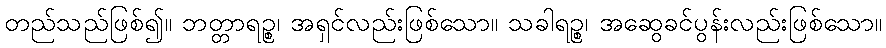
တည်သည်ဖြစ်၍။ ဘတ္တာရဉ္စ၊ အရှင်လည်းဖြစ်သော။ သခါရဉ္စ၊ အဆွေခင်ပွန်းလည်းဖြစ်သော။